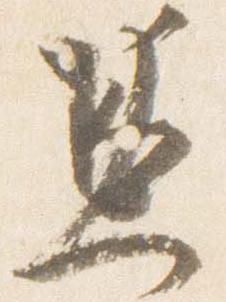
兼